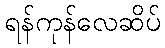
ရန်ကုန်လေဆိပ်